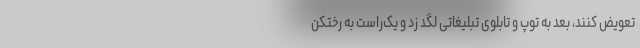
تعویض کنند، بعد به توپ و تابلوی تبلیغاتی لگد زد و یک‌راست به رختکن